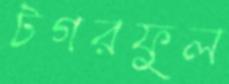
টগরফুল